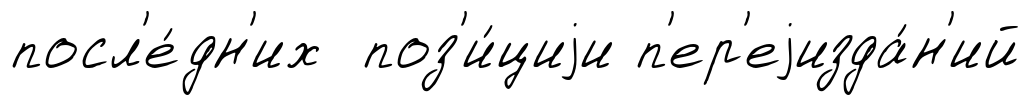
посл'е́дн'их поз'и́циjи п'ер'еjизда́н'ий